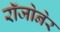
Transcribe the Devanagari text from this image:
रॉजोनेर